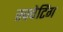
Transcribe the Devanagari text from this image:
स्क्वेटिंग